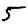
Digit: 5